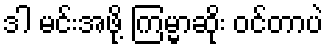
ဒါ မင်းအဖို့ ကြမ္မာဆိုး ဝင်တာပဲ